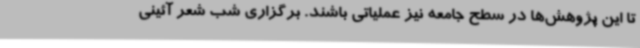
تا این پژوهش‌ها در سطح جامعه نیز عملیاتی باشند. برگزاری شب شعر آئینی